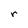
Character: r